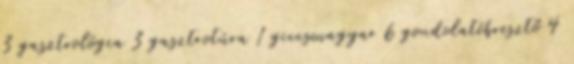
3 gasztrológia 3 gasztrotúra 1 giccsmagyar 6 gondolatébresztő 4